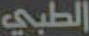
الطبي